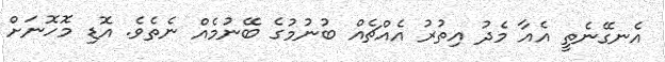
އެނގޭނެތީ އެއާ މެދު އިތުރު އެއްޗެއް ބުނުމުގެ ބޭނުމެއް ނެތެވެ. އޮޑި މޮހޮނަށް